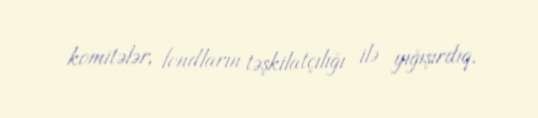
komitələr, fondların təşkilatçılığı ilə yığışırdıq.